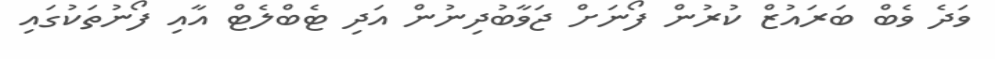
ވަދެ ވެބް ބަރައުޒް ކުރުން ފޯނަށް ޖަވާބުދިނުން އަދި ޓެބްލެޓް އާއި ފޯނުތަކުގައި